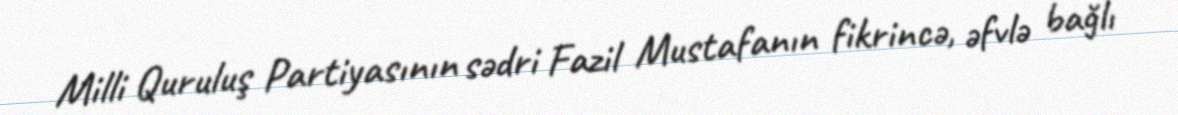
Milli Quruluş Partiyasının sədri Fazil Mustafanın fikrincə, əfvlə bağlı